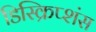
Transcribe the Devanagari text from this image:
डिस्क्रिप्शंस